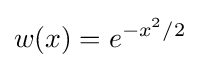
w(x)=e^{-x^{2}/2}